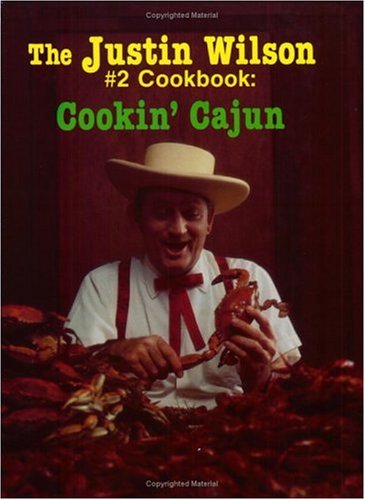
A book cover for The Justin Wilson #2 Cookbook: Cookin' Cajun; Justin Wilson; Cookbooks, Food & Wine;